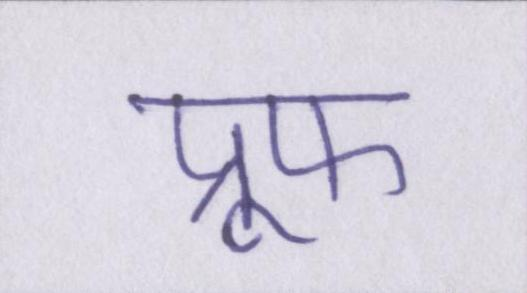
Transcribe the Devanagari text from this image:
प्रूफ